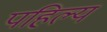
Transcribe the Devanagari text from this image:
पहिल्य